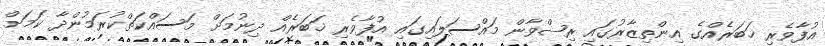
އުފާވެރި ޚަބަރެއްގެ އިންތިޒާރުގައި ރިޟްވާން މައްސަލައިގައި އުފާވެރި ޚަބަރެއް ދިނުމަށް މަސައްކަތްކުރަމުންދާ ކަމަށް